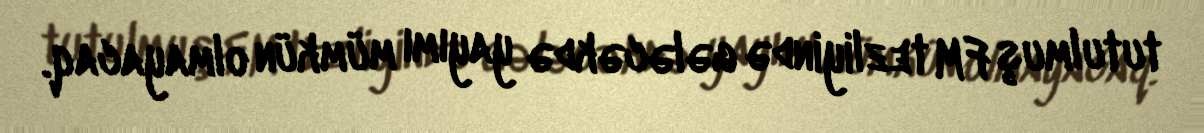
tutulmuş FM tezliyində gələcəkdə yayımı mümkün olmayacaq.